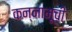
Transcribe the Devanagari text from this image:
कन्नामूची